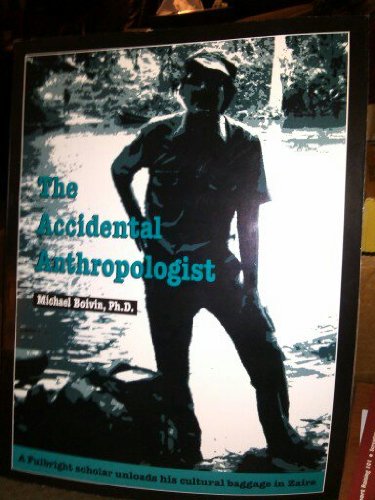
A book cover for The accidental anthropologist; Michael Joseph Boivin; Travel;